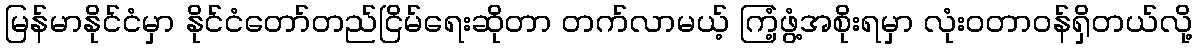
မြန်မာနိုင်ငံမှာ နိုင်ငံတော်တည်ငြိမ်ရေးဆိုတာ တက်လာမယ့် ကြံ့ဖွံ့အစိုးရမှာ လုံးဝတာဝန်ရှိတယ်လို့